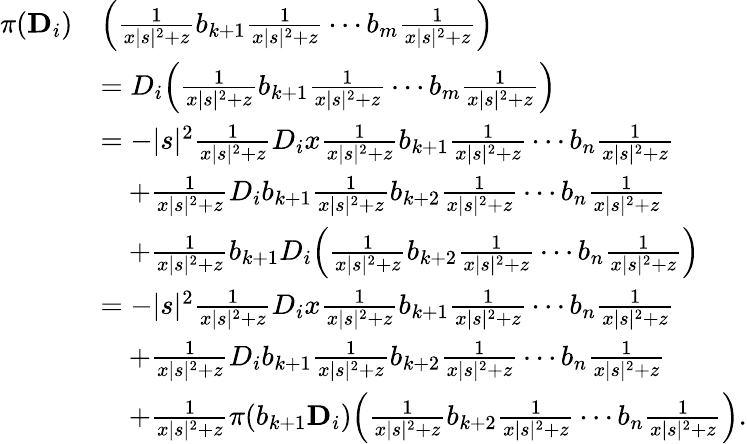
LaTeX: \begin{array}{rl}{\pi(\mathbf{D}_{i})}&{\Big(\frac{1}{x|s|^{2}+z}b_{k+1}\frac{1}{x|s|^{2}+z}\cdots b_{m}\frac{1}{x|s|^{2}+z}\Big)}\\ &{=D_{i}\Big(\frac{1}{x|s|^{2}+z}b_{k+1}\frac{1}{x|s|^{2}+z}\cdots b_{m}\frac{1}{x|s|^{2}+z}\Big)}\\ &{=-|s|^{2}\frac{1}{x|s|^{2}+z}D_{i}x\frac{1}{x|s|^{2}+z}b_{k+1}\frac{1}{x|s|^{2}+z}\cdots b_{n}\frac{1}{x|s|^{2}+z}}\\ &{\quad+\frac{1}{x|s|^{2}+z}D_{i}b_{k+1}\frac{1}{x|s|^{2}+z}b_{k+2}\frac{1}{x|s|^{2}+z}\cdots b_{n}\frac{1}{x|s|^{2}+z}}\\ &{\quad+\frac{1}{x|s|^{2}+z}b_{k+1}D_{i}\Big(\frac{1}{x|s|^{2}+z}b_{k+2}\frac{1}{x|s|^{2}+z}\cdots b_{n}\frac{1}{x|s|^{2}+z}\Big)}\\ &{=-|s|^{2}\frac{1}{x|s|^{2}+z}D_{i}x\frac{1}{x|s|^{2}+z}b_{k+1}\frac{1}{x|s|^{2}+z}\cdots b_{n}\frac{1}{x|s|^{2}+z}}\\ &{\quad+\frac{1}{x|s|^{2}+z}D_{i}b_{k+1}\frac{1}{x|s|^{2}+z}b_{k+2}\frac{1}{x|s|^{2}+z}\cdots b_{n}\frac{1}{x|s|^{2}+z}}\\ &{\quad+\frac{1}{x|s|^{2}+z}\pi(b_{k+1}\mathbf{D}_{i})\Big(\frac{1}{x|s|^{2}+z}b_{k+2}\frac{1}{x|s|^{2}+z}\cdots b_{n}\frac{1}{x|s|^{2}+z}\Big).}\end{array}